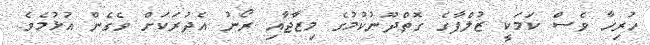
ހުރިހާ ވެސް ކަމަކީ ޒުލްފާގެ ގޮތްދޫނުކުމުގެ މިޒާޖާއި ރޯނު އެދުރަކަށް ވެގެން އުޅުމެވެ.